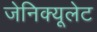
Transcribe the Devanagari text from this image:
जेनिक्यूलेट